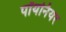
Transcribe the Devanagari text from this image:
पॉयनियर